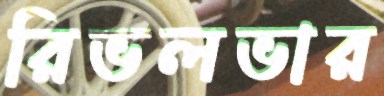
রিভলভার